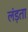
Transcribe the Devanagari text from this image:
लंड़ता